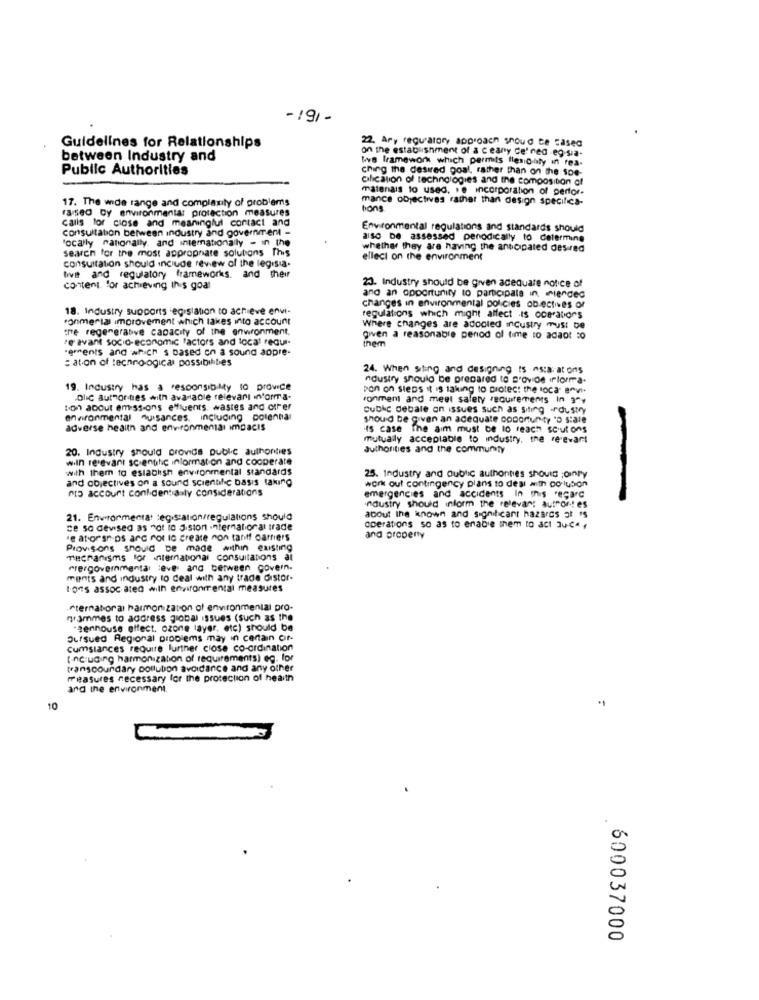
-191 -
22. Ary regulatory approach shoud te cased
Guidelines for Relationships
on the establishment of a ceary Ce'ned -eg-sia-
between Industry and
tive framework which permits flesOilily in rea-
Public Authorities
ching the desired goal, rather than on the soe-
cilication of technologies and the composition of
matenals to used. . e incorporation of perfor-
17. The wide range and complexity of problems
mance objectives rather than design specifics-
raised by environmental protection measures
bong
calls for close and meaningful contact and
Consultation between industry and government -
Environmental regulations and standards should
'ocally nationally. and internationally - in the
also be assessed penodically to determine
search for the most appropriate solutions This
whether they are having the anticipated desired
elleci on the environment
consultation should include review of the legisla.
livet and regulatory frameworks. and their
content. for achieving Ihis goal
23. Industry should be given adequate notice of
and an opportunity to participate in miended
18. Industry supports legislation to achieve envi-
changes in environmental policies objectives of
fonmerial improvement which lakes into account
regulations which might affect is ocBrations
tre regenerasve capacity of the enwronment,
Where changes are adooled industry must be
re avant socio-economic "actors and local requi-
given a reasonable period of time to adaot so
inem
gments and which is based on a sound aopre-
= ation of techno-ogical possibilities
24. When sting and designing ts astarat ons
noustry should be prepared to d'ovide irforma.
19. Industry has a responsibility to provide
pon on steps it is taking to biotec: the loca ervi
Dlic authorities with avanadle relevant informa-
ronment and meet safety requirements In 3",
ton about emiss-ons effluents. wastes and orfer
Cubic debale on issues such as siting Industry
environmental nuisances, including polenna
should be given an adequate congrun ty "D stale
adverse health and environmental impacts
is case The aim must be lo reach scout ons
mutually acceptable to industry, the relevant
20. Industry should provide public authorities
authorities and the community
wiin relevant scientific information and cooperate
with them to establish environmental standards
and objectives on a sound scientific basis taking
25. Industry and public authorities should ;only
"to account confidentialy considerations
work out contingency plans to deal with colubion
-
emergencies and accidents In Inis regard
industry should inform the relevant author: es
about the known and significant hazards at ts
21. Environmenta: : egisation/regulations should
ce so devised as not lo Jision international trade
operations so as to enable them to act Ju-C"
de aforships arc rot to create non tanff carriers
and property
Provisions should be made within existing
Mechanisms for international consultations al
frergovernmental :eve and between govern.
ments and industry to deal with any trade distor.
tons assoc ated with environmental measures
eternatoral harmonization of environmental pro-
rammes to address global issues (such as the
"zenhouse effect. ozone layer, etc) should be
Oursued Regional problems may in certain cif-
cumsiances require further close co-ordination
( including harmonization of requirements) eg. for
transcoundary pollution avoidance and any other
measures necessary for the protection of health
and the environment.
10
600037000